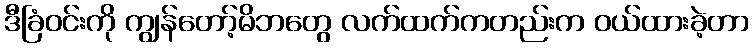
ဒီခြံဝင်းကို ကျွန်တော့်မိဘတွေ လက်ထက်ကတည်းက ဝယ်ထားခဲ့တာ